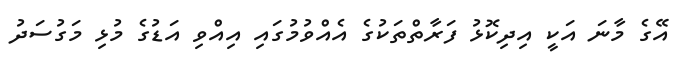
އޭގެ މާނަ އަކީ އިދިކޮޅު ފަރާތްތަކުގެ އެއްވުމުގައި އިއްވި އަޑުގެ މުޅި މަގުސަދު